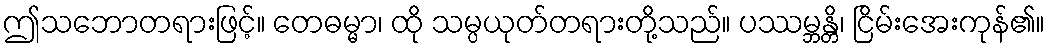
ဤသဘောတရားဖြင့်။ တေဓမ္မာ၊ ထို သမ္ပယုတ်တရားတို့သည်။ ပဿမ္ဘန္တိ၊ ငြိမ်းအေးကုန်၏။